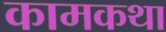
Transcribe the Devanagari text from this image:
कामकथा